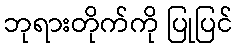
ဘုရားတိုက်ကို ပြုပြင်